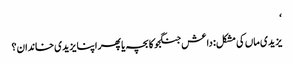
‘
یزیدی ماں کی مشکل: داعش جنگجو کا بچہ یا پھر اپنا یزیدی خاندان؟